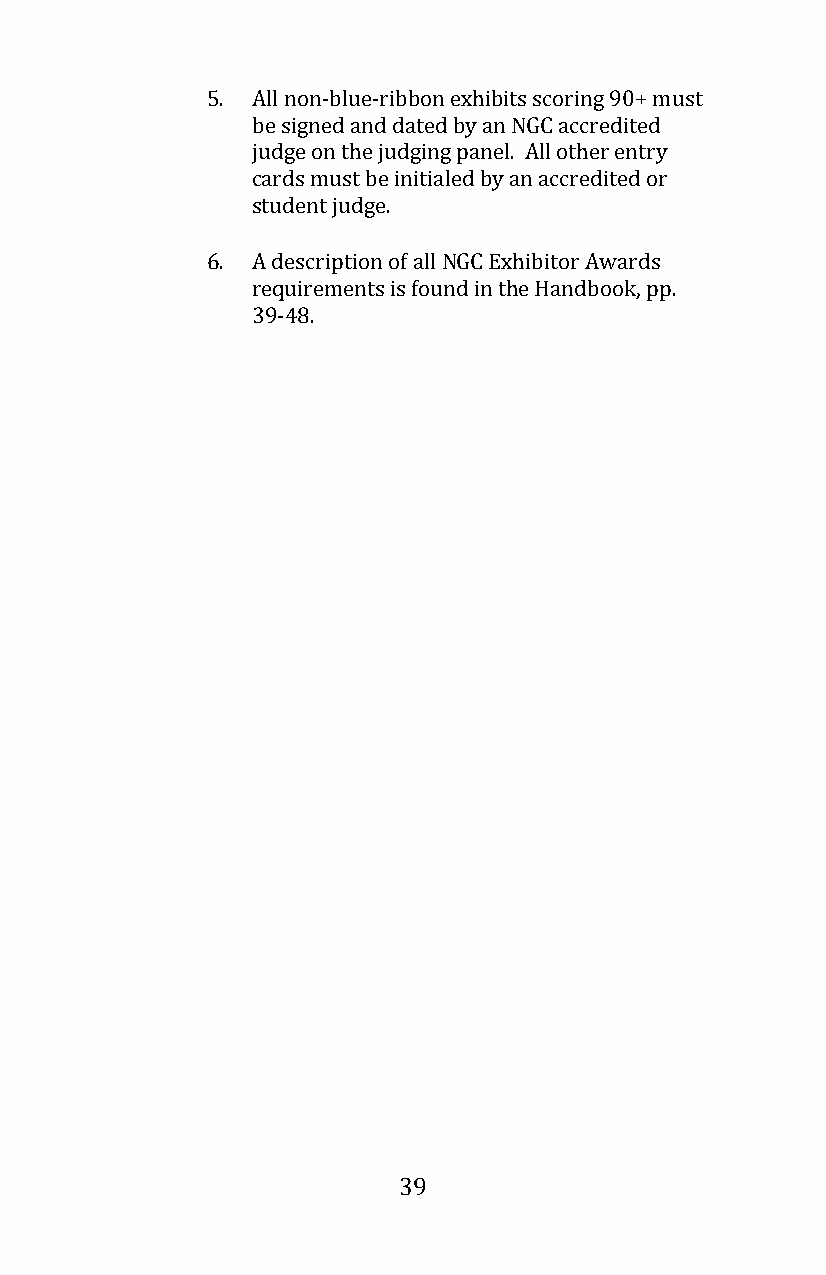
5. All non-blue-ribbon exhibits scoring 90+ must
 be signed and dated by an NGC accredited
 judge on the judging panel. All other entry
 cards must be initialed by an accredited or
 student judge.
 6. A description of all NGC Exhibitor Awards
 requirements is found in the Handbook, pp.
 39-48.
 39